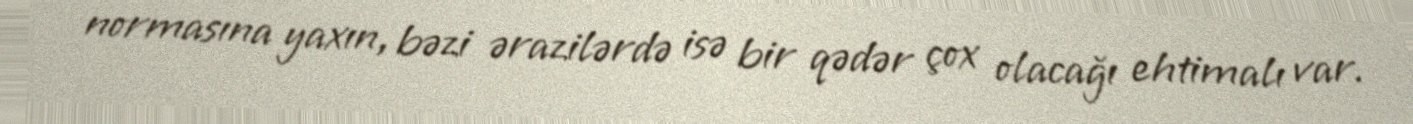
normasına yaxın, bəzi ərazilərdə isə bir qədər çox olacağı ehtimalı var.